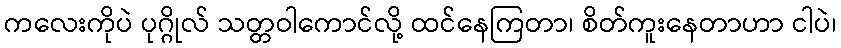
ကလေးကိုပဲ ပုဂ္ဂိုလ် သတ္တဝါကောင်လို့ ထင်နေကြတာ၊ စိတ်ကူးနေတာဟာ ငါပဲ၊